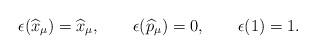
LaTeX: \begin{align*}\epsilon(\widehat{x}_{\mu})=\widehat{x}_{\mu},\qquad\epsilon(\widehat{p}_{\mu})=0,\qquad\epsilon(1)=1.\end{align*}